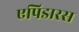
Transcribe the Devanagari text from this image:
एपिडारस